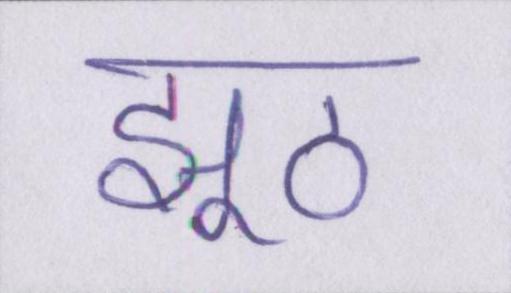
झूठ